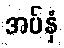
အပ်နှံ